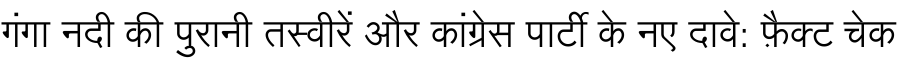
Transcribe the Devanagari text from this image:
गंगा नदी की पुरानी तस्वीरें और कांग्रेस पार्टी के नए दावे: फ़ैक्ट चेक